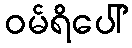
ဝမ်ရိပေါ်